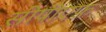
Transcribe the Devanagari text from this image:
सीपीएफ़